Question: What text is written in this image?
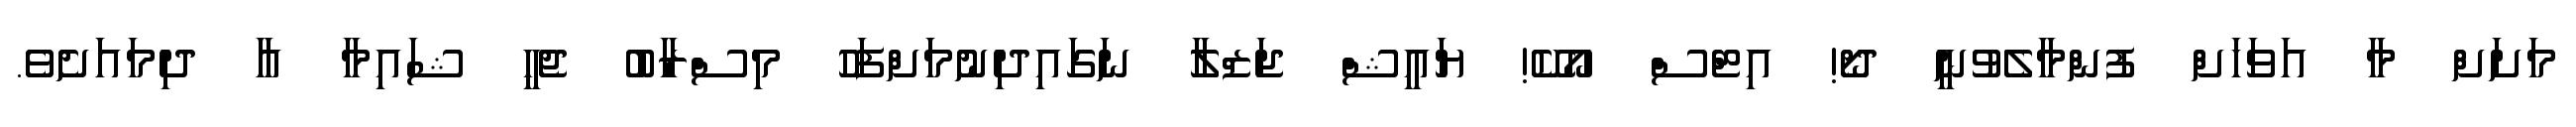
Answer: މަށަށް މާ އަވަހަށް ފުންމާލެވުނީ ދޯ! އިޓްސް އޯކޭ! ޔައީޝް ޖަޒްލާ ނަގައިދިނުމަށްފަހު މިސްރާބު ޖެހީ ޝައިމާ އާ ދިމައަށެވެ.